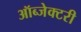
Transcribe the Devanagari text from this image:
ऑब्जेक्टरी